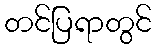
တင်ပြရာတွင်